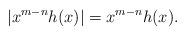
LaTeX: \begin{align*}|x^{m-n}h(x)|=x^{m-n}h(x).\end{align*}